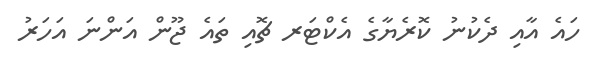
ހައެ އާއި ދެކުނު ކޮރެޔާގެ އެކްޓަރ ޗޮއި ތައެ ޖޫން އަންނަ އަހަރު